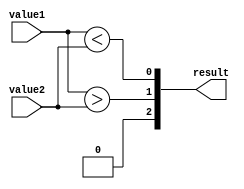
module comparator(
    input [31:0] value1,
    input [31:0] value2,
    output [2:0] result
);

wire [31:0] equal_comp;
wire [31:0] greater_comp;
wire [31:0] less_comp;

assign equal_comp = value1 == value2;
assign greater_comp = value1 > value2;
assign less_comp = value1 < value2;

assign result[2] = &equal_comp;
assign result[1] = |greater_comp;
assign result[0] = |less_comp;

endmodule